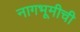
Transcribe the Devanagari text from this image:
नागभूमीची